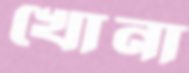
খোনা